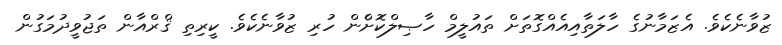
ޒުވާނެކެވެ. އެޒަމާނުގެ ހާލަތާއިއެއްގޮތަށް ތައުލީމް ހާޞިލްކޮށްެން ހުރި ޒުވާނެކެވެ. ކީރިތި ޤްރްއާން ތަޖުވީދުމަގުން